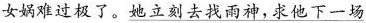
女娲难过极了。 \underline{她立刻去找雨神，求他下一场}